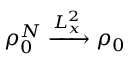
\rho _ { 0 } ^ { N } \xrightarrow [ ] { L _ { x } ^ { 2 } } \rho _ { 0 }